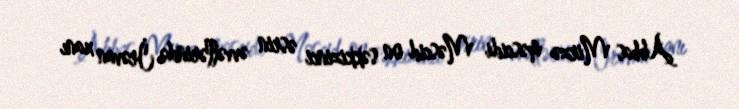
Abbas Mirzə məscidi Məscid on səkkizinci əsrin əvvəllərində İrəvan xanı